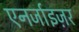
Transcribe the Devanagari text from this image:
एनर्जाइज़र